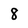
Character: 8